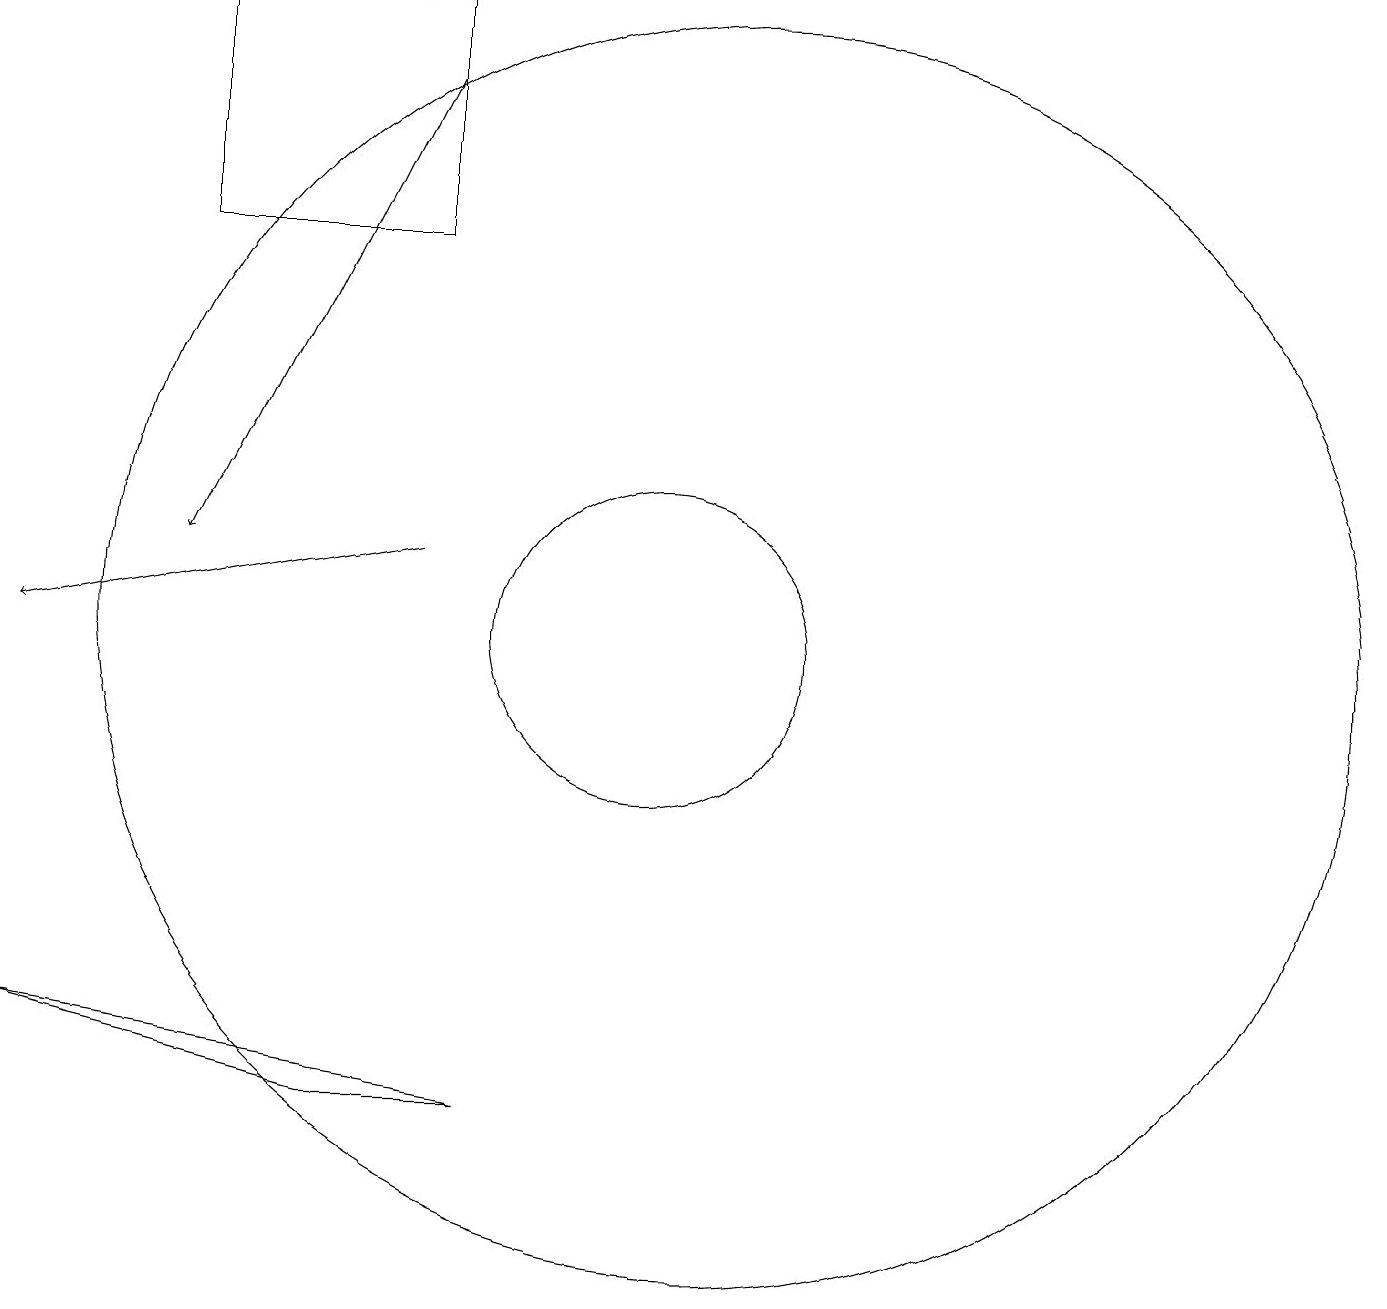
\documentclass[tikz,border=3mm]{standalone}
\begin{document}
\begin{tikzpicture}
\draw (10,10) circle (2);
\draw (4,18) rectangle (7,15);
\draw[->] (7,17) -- (4,11);
\draw[->] (7,11) -- (2,10);
\draw (11,12) circle (0);
\draw (11,10) circle (8);
\draw (6,4) -- (2,5) -- (8,4) -- cycle;
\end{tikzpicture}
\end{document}